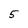
Character: 5